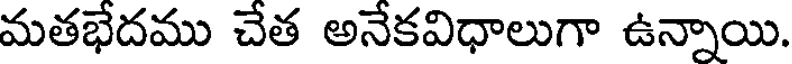
మతభేదము చేత అనేకవిధాలుగా ఉన్నాయి.